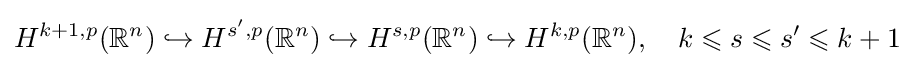
H^{k+1,p}(\mathbb {R} ^{n})\hookrightarrow H^{s',p}(\mathbb {R} ^{n})\hookrightarrow H^{s,p}(\mathbb {R} ^{n})\hookrightarrow H^{k,p}(\mathbb {R} ^{n}),\quad k\leqslant s\leqslant s'\leqslant k+1